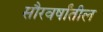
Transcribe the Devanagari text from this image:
सौरवर्षांतील